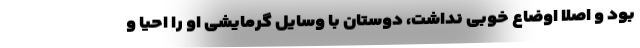
بود و اصلا اوضاع خوبی نداشت، دوستان با وسایل گرمایشی او را احیا و